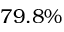
7 9 . 8 \%